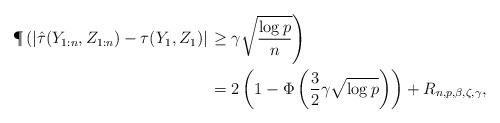
LaTeX: \begin{align*}\P\left(|\hat\tau(Y_{1:n},Z_{1:n})-\tau(Y_1,Z_1)|\right.&\left.\ge \gamma\sqrt{\frac{\log p}{n}}\right)\\&=2\left(1-\Phi\left(\frac{3}{2}\gamma\sqrt{\log p}\right)\right)+R_{n,p,\beta,\zeta,\gamma},\end{align*}